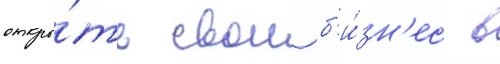
откры́ть свои б'и́зн'ес в